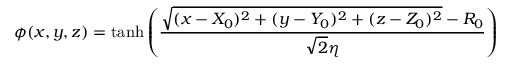
\phi ( x , y , z ) = \operatorname { t a n h } \left( \frac { \sqrt { ( x - X _ { 0 } ) ^ { 2 } + ( y - Y _ { 0 } ) ^ { 2 } + ( z - Z _ { 0 } ) ^ { 2 } } - R _ { 0 } } { \sqrt { 2 } \eta } \right)